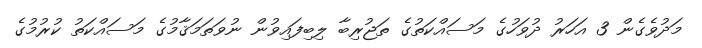
މަދުވެގެން 3 އަހަރު ދުވަހުގެ މަސައްކަތުގެ ތަޖުރިބާ ލިބިފައިވުން ނުވަތަމަޤާމުގެ މަސައްކަތު ކުރުމުގެ